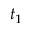
t _ { 1 }